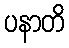
ပနာတိ